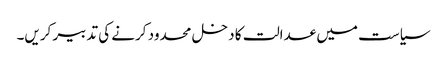
سیاست میں عدالت کا دخل محدود کرنے کی تدبیر کریں۔